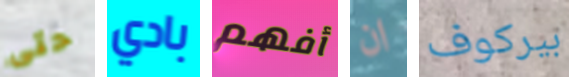
حتى بادي أفهم ان بيركوف